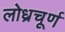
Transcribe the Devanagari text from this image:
लोध्रचूर्ण